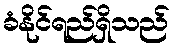
ခံနိုင်ရည်ရှိသည်